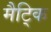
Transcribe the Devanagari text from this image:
मैट्कि